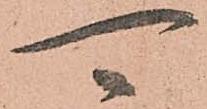
可